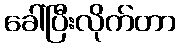
ခေါ်ပြီးလိုက်တာ